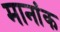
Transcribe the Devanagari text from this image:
मानांक